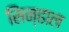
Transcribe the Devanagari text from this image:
सिन्हाल